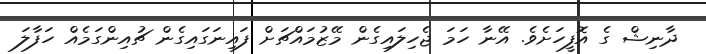
ދާނިޝް ގެ އޮފީހަށެވެ. އޭނާ ހަމަ ޖެހިލައިގެން މޭޒުމައްޗަށް ފައިނަގައިގެން ޗުއިންގަމެއް ހަފާލަ